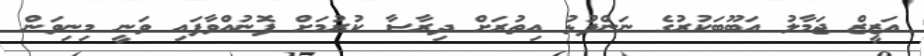
އަޒީޒް ޖަމާލު އަބޫބަކުރުގެ ނަންފުޅު އިތުރަށް ދިރާސާ ކުރުމަށް ފޮނުއްވާފައި ވަނީ މިނިވަން